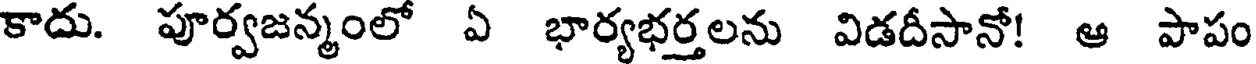
కాదు. పూర్వజన్మంలో ఏ భార్యభర్తలను విడదీసానో! ఆ పాపం